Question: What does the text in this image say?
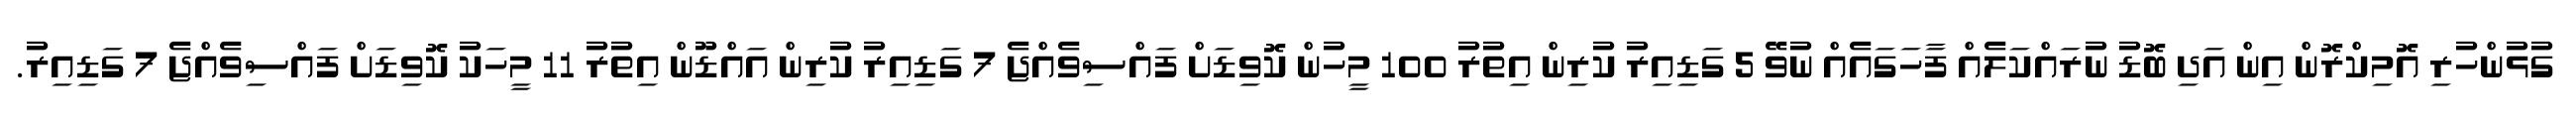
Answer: ގުޅުންހުރި އޮމިކްރޮން އިން އަދި ބޮޑު ނުރައްކަލެއް ފާހަގައެއް ނުވޭ 5 ގަޑިއިރު ކުރިން އިތުރު 100 މީހުން ކޮވިޑަށް ފައްސިވެއްޖެ 7 ގަޑިއިރު ކުރިން އައްޑޫން އިތުރު 11 މީހަކު ކޮވިޑަށް ފައްސިވެއްޖެ 7 ގަޑިއިރު.